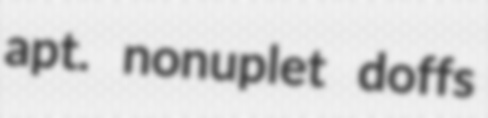
apt. nonuplet doffs